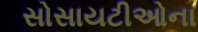
સોસાયટીઓના